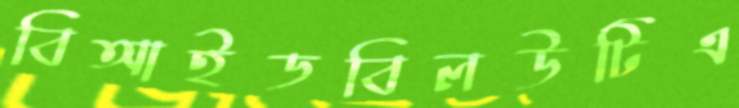
বিআইডবিলউটিএ